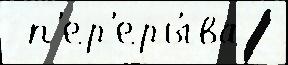
 п'ер'еры́ва